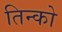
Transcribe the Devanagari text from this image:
तिन्को